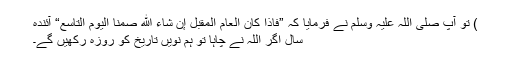
) تو آپ صلی اللہ علیہ وسلم نے فرمایا کہ ”فاذا کان العام المقبل إن شاء الله صمنا اليوم التاسع“ آئندہ
سال اگر اللہ نے چاہا تو ہم نویں تاریخ کو روزہ رکھیں گے۔